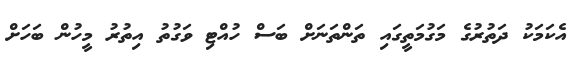
އެކަމަކު ދަތުރުގެ މަގުމަތީގައި ތަންތަނަށް ބަސް ހުއްޓި ވަގުތު އިތުރު މީހުން ބަހަށް